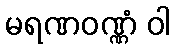
မရဏဝဏ္ဏံ ဝါ